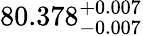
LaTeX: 80.378_{-0.007}^{+0.007}